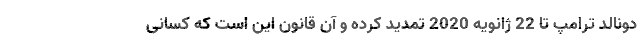
دونالد ترامپ تا 22 ژانویه 2020 تمدید کرده و آن قانون این است که کسانی